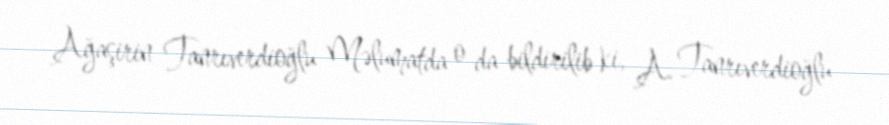
Ağaşirin Tanrıverdioğlu Məlumatda o da bildirilib ki, A. Tanrıverdioğlu